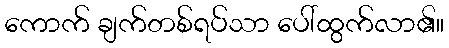
ကောက် ချက်တစ်ရပ်သာ ပေါ်ထွက်လာ၏။